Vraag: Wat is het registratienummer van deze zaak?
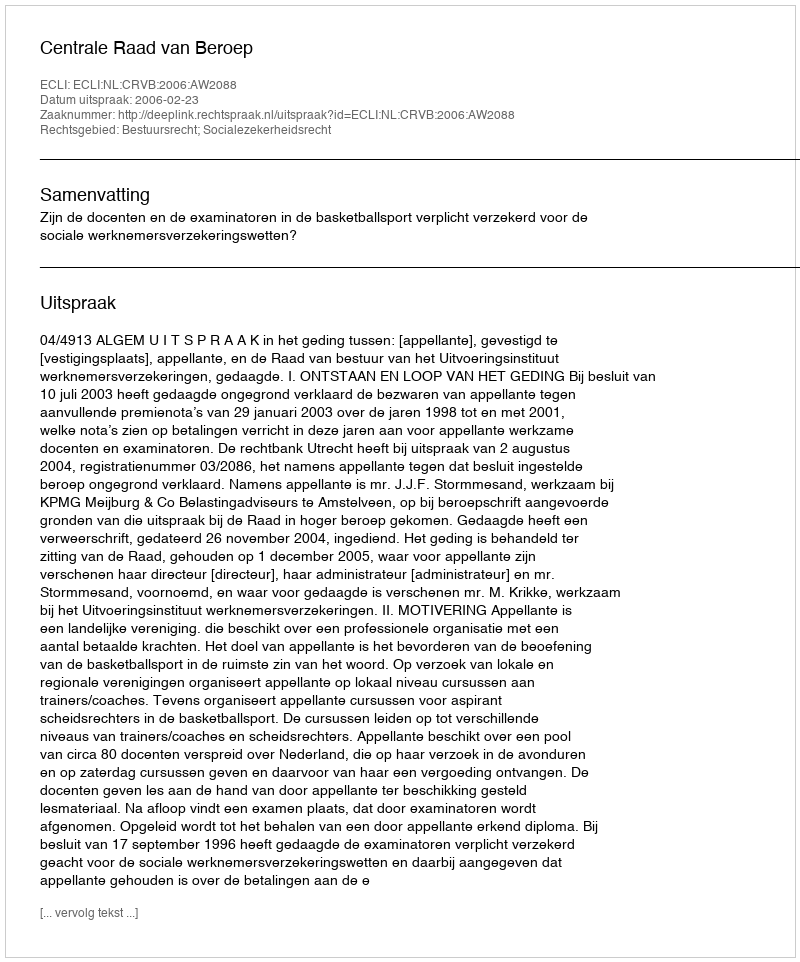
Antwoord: http://deeplink.rechtspraak.nl/uitspraak?id=ECLI:NL:CRVB:2006:AW2088